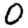
Digit: 0